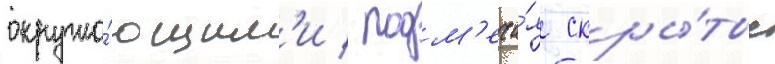
окружа́ющим'и / подм'еча́я скры́тые